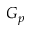
G _ { p }